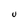
Character: U